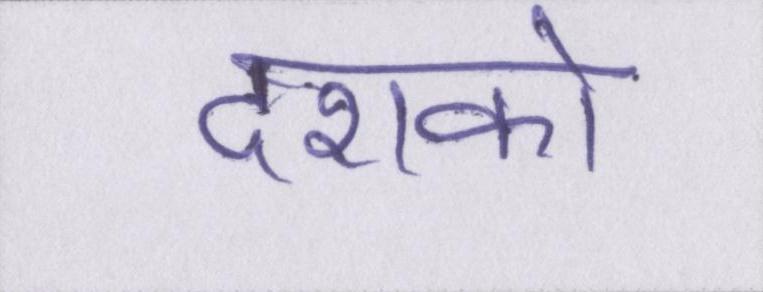
दशको